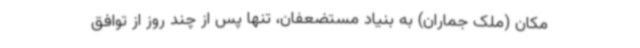
مکان (ملک جماران) به بنیاد مستضعفان، تنها پس از چند روز از توافق